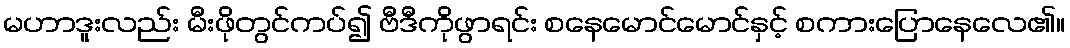
မဟာဒူးလည်း မီးဖိုတွင်ကပ်၍ ဗီဒီကိုဖွာရင်း စနေမောင်မောင်နှင့် စကားပြောနေလေ၏။